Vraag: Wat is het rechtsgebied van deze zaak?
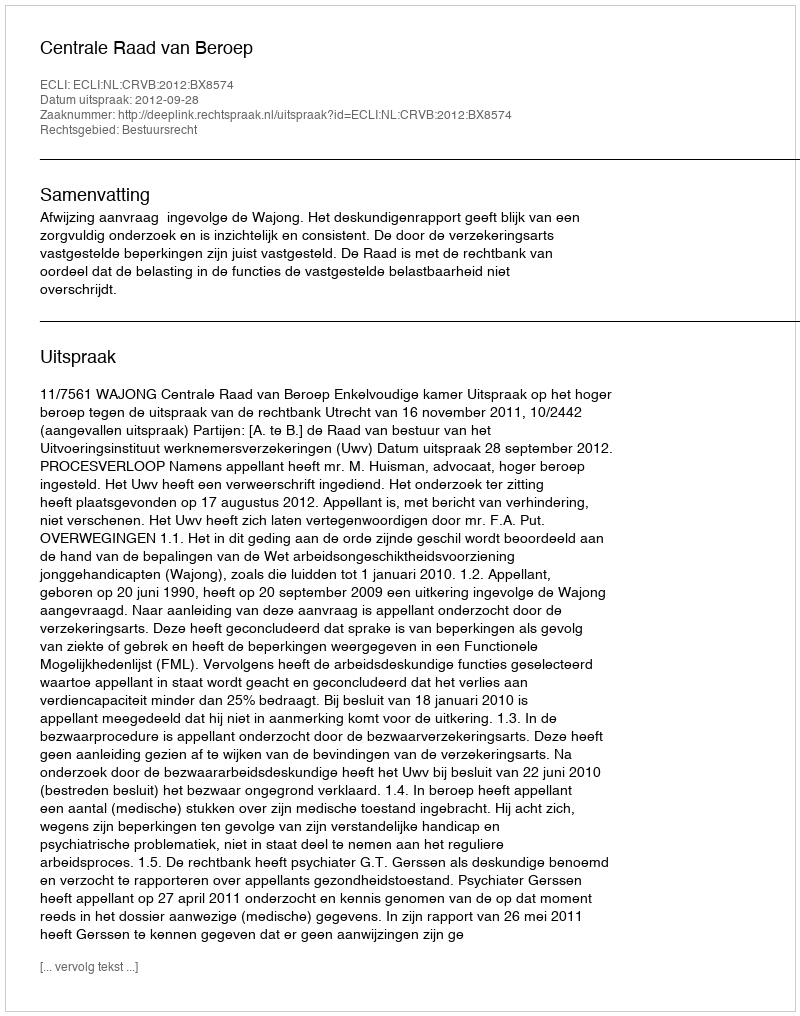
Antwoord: Bestuursrecht